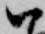
ハ